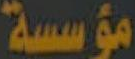
مؤسسية